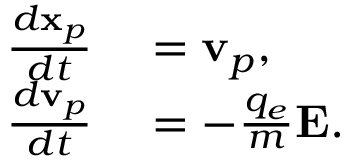
\begin{array} { r l } { \frac { d \mathbf { x } _ { p } } { d t } } & { { } = \mathbf { v } _ { p } , } \\ { \frac { d \mathbf { v } _ { p } } { d t } } & { { } = - \frac { q _ { e } } { m } \mathbf { E } . } \end{array}